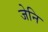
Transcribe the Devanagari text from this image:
जेनि